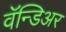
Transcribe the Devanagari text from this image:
वॅन्डिअर